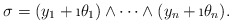
\begin{align*}\sigma=(y_1+\i \theta_1)\wedge\dots\wedge(y_n+\i \theta_n).\end{align*}